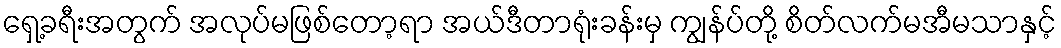
ရှေ့ခရီးအတွက် အလုပ်မဖြစ်တော့ရာ အယ်ဒီတာရုံးခန်းမှ ကျွန်ပ်တို့ စိတ်လက်မအီမသာနှင့်